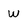
Character: W